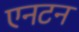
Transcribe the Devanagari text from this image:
एनटन